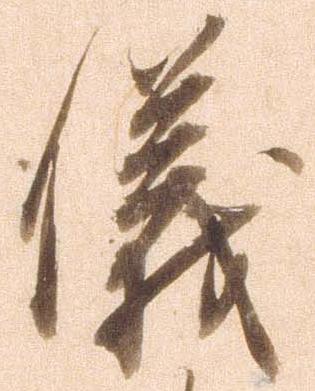
儀